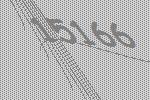
15166